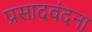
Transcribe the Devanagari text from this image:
प्रसादवंदना